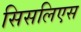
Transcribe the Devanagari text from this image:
सिसलिएस